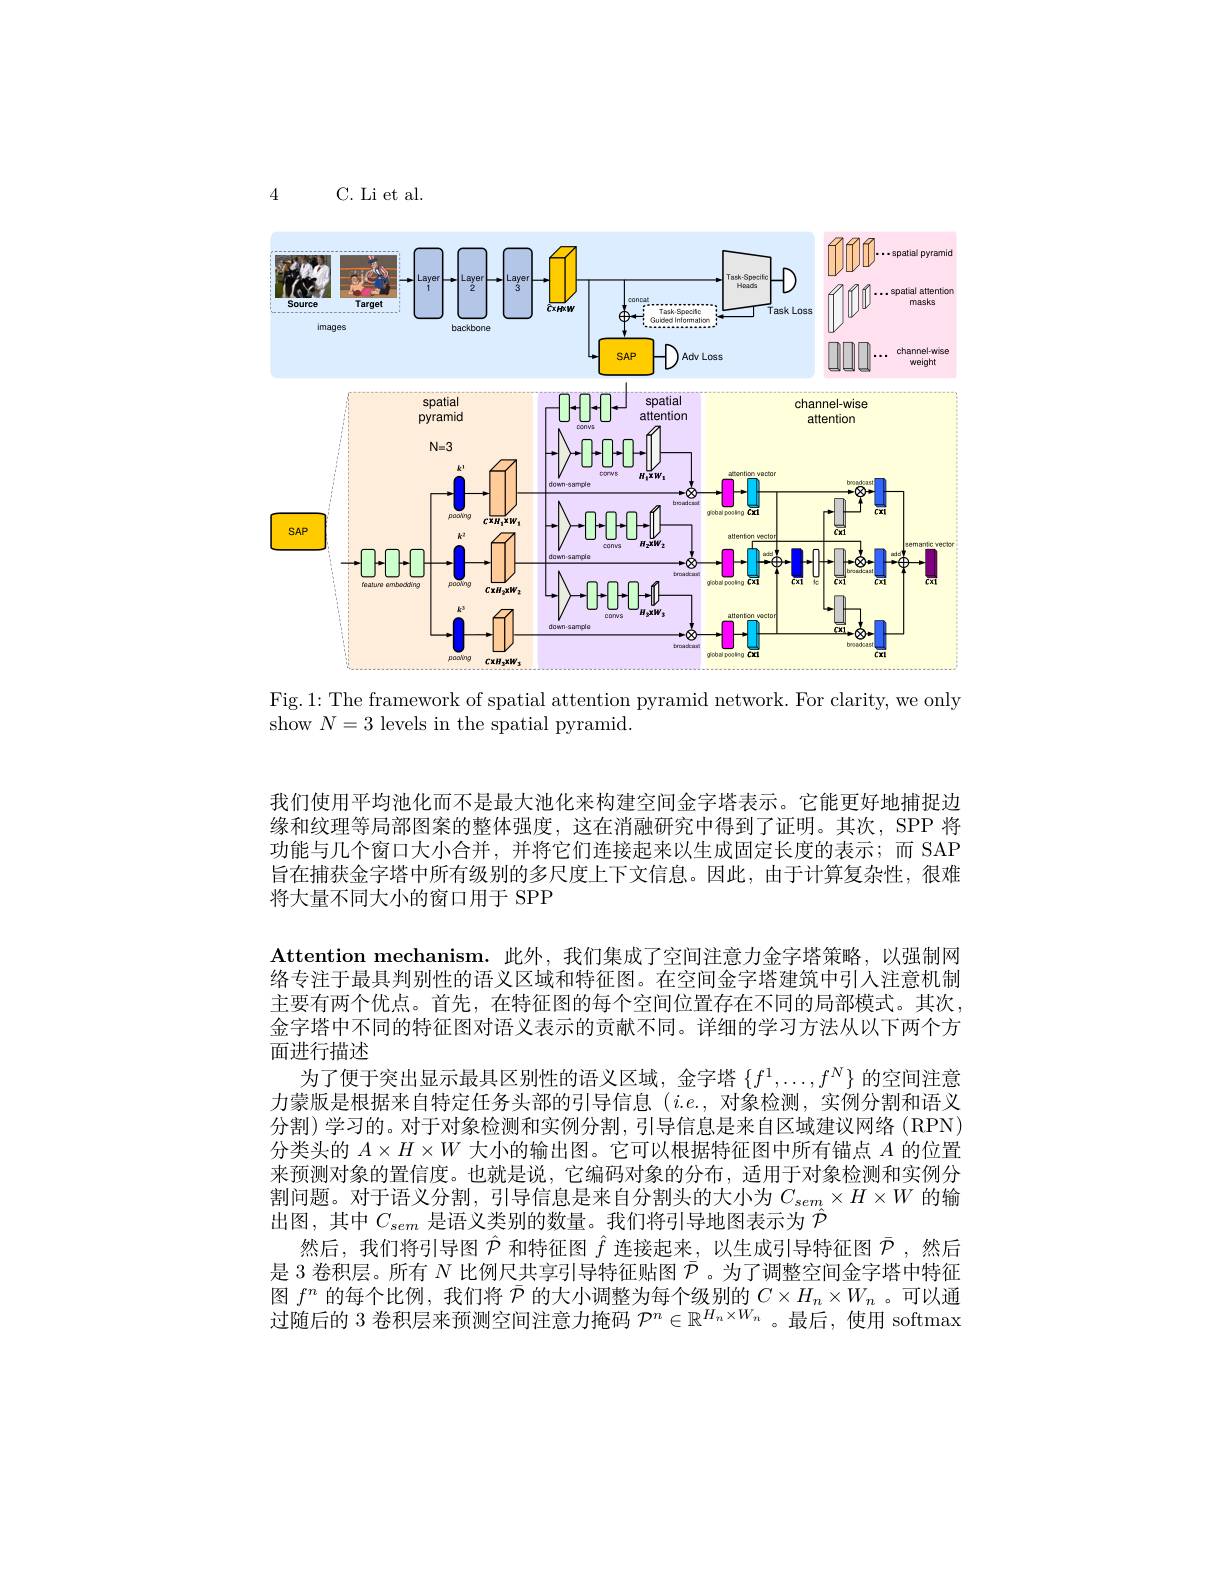
4

C. Li et al.

<FigureHere>

Fig.1: The framework of spatial attention pyramid network. For clarity, we only
show $N=3$ levels in the spatial pyramid.

我们使用平均池化而不是最大池化来构建空间金字塔表示。它能更好地捕捉边缘和纹理等局部图案的整体强度，这在消融研究中得到了证明。其次，SPP 将功能与几个窗口大小合并，并将它们连接起来以生成固定长度的表示；而 SAP 旨在捕获金字塔中所有级别的多尺度上下文信息。因此，由于计算复杂性，很难将大量不同大小的窗口用于 SPP
Attention mechanism.此外，我们集成了空间注意力金字塔策略，以强制网络专注于最具判别性的语义区域和特征图。在空间金字塔建筑中引人注意机制主要有两个优点。首先，在特征图的每个空间位置存在不同的局部模式。其次， 金字塔中不同的特征图对语义表示的贡献不同。详细的学习方法从以下两个方面进行描述
为了便于突出显示最具区别性的语义区域，金字塔$\{f^1,\ldots,f^N\}$的空间注意力蒙版是根据来自特定任务头部的引导信息$(i.e.$,对象检测，实例分割和语义分割)学习的。对于对象检测和实例分割，引导信息是来自区域建议网络(RPN) 分类头的$A\times H\times W$大小的输出图。它可以根据特征图中所有锚点$A$的位置来预测对象的置信度。也就是说，它编码对象的分布，适用于对象检测和实例分割问题。对于语义分割，引导信息是来自分割头的大小为$C_{sem}\times H\times W$的输出图，其中$C_{sem}$ 是语义类别的数量。我们将引导地图表示为 $\hat{\mathcal{P}}$
然后，我们将引导图$\hat{\mathcal{P}}$和特征图$\hat{f}$连接起来，以生成引导特征图$\bar{\mathcal{P}}$ ,然后是 3 卷积层。所有$N$比例尺共享引导特征贴图$\bar{\mathcal{P}}$。为了调整空间金字塔中特征图$f^n$的每个比例，我们将$\bar{\mathcal{P}}$的大小调整为每个级别的$C\times H_n\times W_n$ 。可以通过随后的 3 卷积层来预测空间注意力掩码$\mathcal{P}^n\in\mathbb{R}^{H_n\times W_n}$。最后，使用 softmax